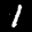
Label: 1